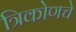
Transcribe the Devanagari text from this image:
त्रिकोणचे